Insane asylums in Bengal annual reports 1867-1875 - 1867-1875
Year: 1867
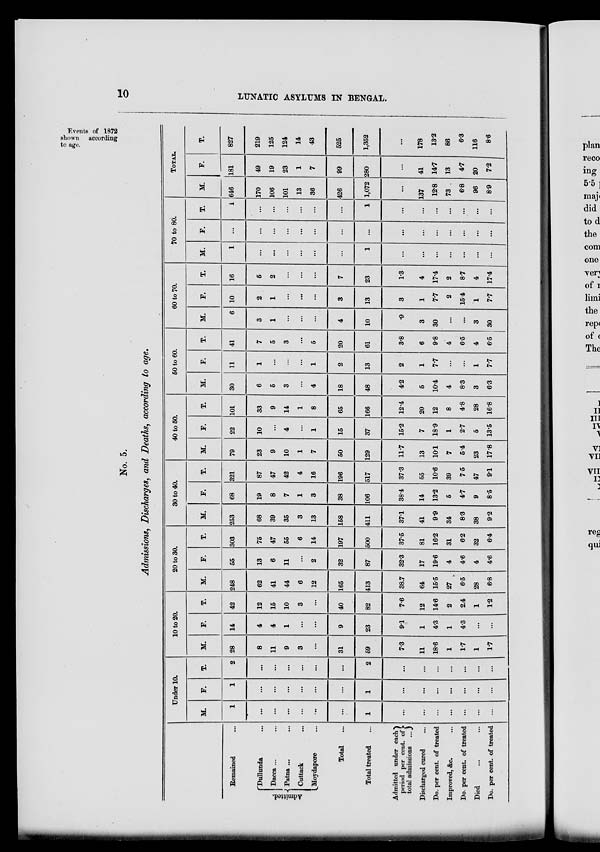
10
LUNATIC ASYLUMS IN BENGAL.
Events of 1872
shown according
to age.
No. 5.
Admissions, Discharges, and Deaths, according to age.
Remained ...
Admitted.
Dullunda ...
Dacca ... ...
Patna ... ...
Cuttack ...
Moydapore ...
Total ...
Total treated ...
Admitted under each
period per cent. of
total admissions ...
Discharged cured ...
Do. per cent. of treated
Improved, &c. ...
Do. per cent. of treated
Died ... ...
Do. per cent. of treated
Under 10.
M.
1
...
...
...
...
...
...
1
...
...
...
...
...
...
...
F.
1
...
...
...
...
...
...
1
...
...
...
...
...
...
...
T.
2
...
...
...
...
...
...
2
...
...
...
...
...
...
...
10 to 20.
M.
28
8
11
9
3
...
31
59
7.3
11
18.6
1
1.7
1
1.7
F.
14
4
4
1
...
...
9
23
9.1
1
4.3
1
4.3
...
...
T.
42
12
15
10
3
...
40
82
7.6
12
14.6
2
2.4
1
1.2
20 to 30.
M.
248
62
41
44
6
12
165
413
38.7
64
15.5
27
6.5
28
6.8
F.
55
13
6
11
...
2
32
87
32.3
17
19.6
4
4.6
4
4.6
T.
303
75
47
55
6
14
197
500
37.5
81
16.2
31
6.2
32
6.4
30 to 40.
M.
253
68
39
35
3
13
158
411
37.1
41
9.9
34
8.3
38
9.2
F.
68
19
8
7
1
3
38
106
38.4
14
13.2
5
4.7
9
8.5
T.
321
87
47
42
4
16
196
517
37.3
55
10.6
39
7.5
47
9.1
40 to 50.
M.
79
23
9
10
1
7
50
129
11.7
13
10.1
7
5.4
23
17.8
F.
22
10
...
4
...
1
15
37
15.2
7
18.9
1
2.7
5
13.5
T.
101
33
9
14
1
8
65
166
12.4
20
12
8
4.8
28
16.8
50 to 60.
M.
30
6
5
3
...
4
18
48
4.2
5
10.4
4
8.3
3
6.3
F.
11
1
...
...
...
1
2
13
2
1
7.7
...
...
1
7.7
T.
41
7
5
3
...
5
20
61
3.8
6
9.8
4
6.5
4
6.5
60 to 70.
M.
6
3
1
...
...
...
4
10
.9
3
30
...
...
3
30
F.
10
2
1
...
...
...
3
13
3
1
7.7
2
15.4
1
7.7
T.
16
5
2
...
...
...
7
23
1.3
4
17.4
2
8.7
4
17.4
70 to 80.
M.
1
...
...
...
...
...
...
1
...
...
...
...
...
...
...
F.
...
...
...
...
...
...
...
...
...
...
...
...
...
...
...
T.
1
...
...
...
...
...
...
1
...
...
...
...
...
...
...
TOTAL.
M.
646
170
106
101
13
36
426
1,072
...
137
12.8
73
6.8
96
8.9
F.
181
49
19
23
1
7
99
280
...
41
14.7
13
4.7
20
7.2
T.
827
219
125
124
14
43
525
1,352
...
178
13.2
86
6.3
116
8.6